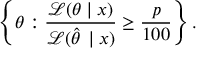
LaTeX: \left\{ \theta : { \frac { { \mathcal { L } } ( \theta \mid x ) } { { \mathcal { L } } ( { \hat { \theta \, } } \mid x ) } } \geq { \frac { p } { 1 0 0 } } \right\} .